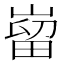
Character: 𫶌